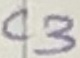
Text: C3